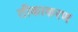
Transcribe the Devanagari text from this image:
तीकाकरण